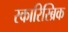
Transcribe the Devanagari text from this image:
स्कारिस्ब्रिक